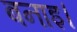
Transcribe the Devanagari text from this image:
बनाइ।